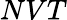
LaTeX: NVT